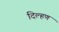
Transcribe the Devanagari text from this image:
दिल्हण